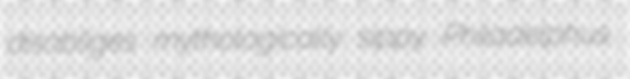
disobliges mythologically sippy Philadelphus